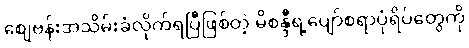
စျေဗန်းအသိမ်းခံလိုက်ရပြီဖြစ်တဲ့ မိစန္ဒီရဲ့ပျော်စရာပုံရိပ်တွေကို